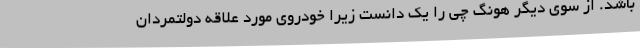
باشد. از سوی دیگر هونگ چی را یک دانست زیرا خودروی مورد علاقه دولتمردان